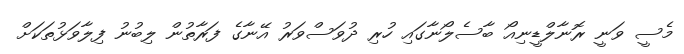
މެސީ ވަނީ ރޮނާލްޑީނިއޯ ބާސެލޯނާގައި ހުރި ދުވަސްވަރު އޭނާގެ ފަރާތުން ލިބުނު ފިލާވަޅުތަކަށް